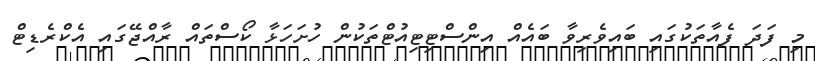
މި ފަދަ ފެއާތަކުގައި ބައިވެރިވާ ބައެއް އިންސްޓިޓިއުޓްތަކުން ހުށަހަޅާ ކޯސްތައް ރާއްޖޭގައި އެކްރެޑިޓް